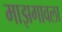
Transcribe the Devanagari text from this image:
माझगावला